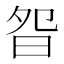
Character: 𣆌